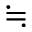
\fallingdotseq